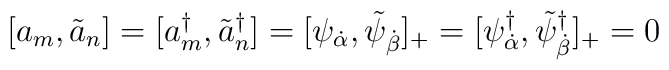
[ a_{m} , \tilde{a}_{n} ] = [ a^{\dagger}_{m} , \tilde{a}^{\dagger}_{n} ] = [ \psi_{\dot{\alpha}} , \tilde{\psi}_{\dot{\beta}}]_{+} =[ \psi^{\dagger}_{\dot{\alpha}} , \tilde{\psi}^{\dagger}_{\dot{\beta}}]_{+} = 0